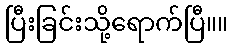
ပြီးခြင်းသို့ရောက်ပြီ။။